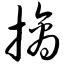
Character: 摘